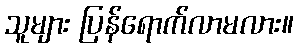
သူများ ပြန်ရောက်လာမလား။